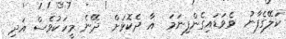
ކަލޭގެފާނު  ވެވަޑައިގެންފިނަމަަ  އާ ދެކޮޅަށް  ދޭނެ މީހަކުވެސް އަދި